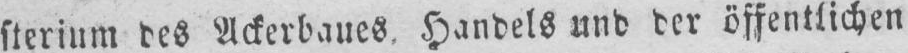
sterium des Ackerbaues, Handels und der öffentlichen